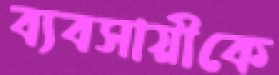
ব্যবসায়ীকে